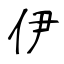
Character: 伊